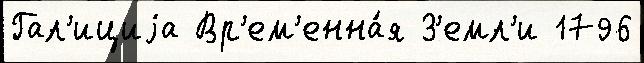
Гал'ициjа Вр'ем'енна́я З'емл'и 1796